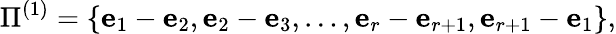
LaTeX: \Pi^{(1)}=\{ {\mathbf e}_{1}-{\mathbf e}_{2},{\mathbf e}_{2}-{\mathbf e}_{3},\ldots,{\mathbf e}_{r}-{\mathbf e}_{r+1},{\mathbf e}_{r+1}-{\mathbf e}_{1}\} ,